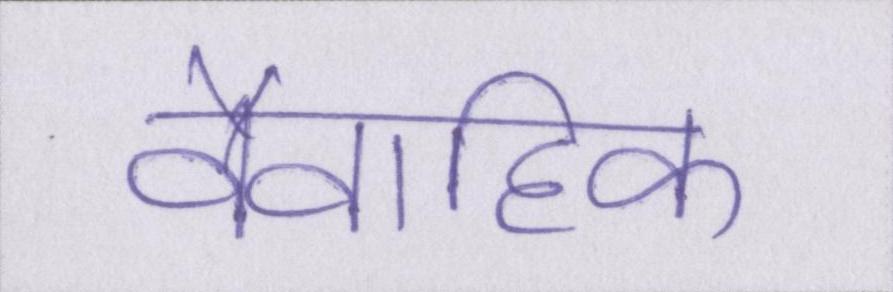
वैवाहिक